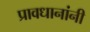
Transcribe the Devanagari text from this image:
प्रावधानांनी